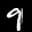
Label: 9